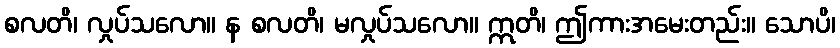
စလတိ၊ လှုပ်သလော။ န စလတိ၊ မလှုပ်သလော။ ဣတိ၊ ဤကားအမေးတည်း။ သောပိ၊